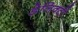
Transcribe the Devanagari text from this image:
डेलिक्टी